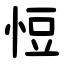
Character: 㤱